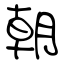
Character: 朝